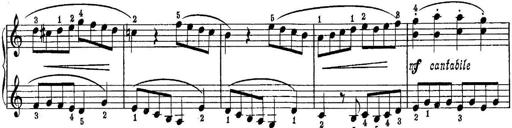
Title: Piano Sonatina No.1 in C major
Composer: Tadeusz Joteyko
Key: C major